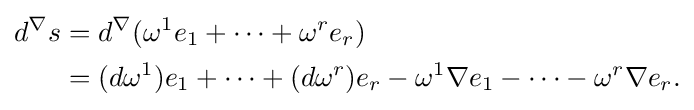
{\begin{aligned}d^{\nabla }s&=d^{\nabla }(\omega ^{1}e_{1}+\cdots +\omega ^{r}e_{r})\\&=(d\omega ^{1})e_{1}+\cdots +(d\omega ^{r})e_{r}-\omega ^{1}\nabla e_{1}-\cdots -\omega ^{r}\nabla e_{r}.\end{aligned}}